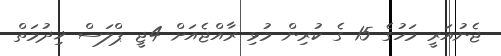
ޖެނުއަރީ މަހުގެ 15 ގެ ކުރިން މުޅި ރާއްޖެއަށް 4ޖީ ޕްލަސް ޚިދުމަތް